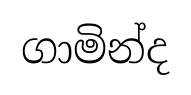
ගාමින්ද